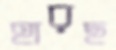
হারছ